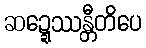
ဆဍ္ဍေဿန္တီတိပေ